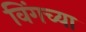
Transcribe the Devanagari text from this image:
विंगच्या